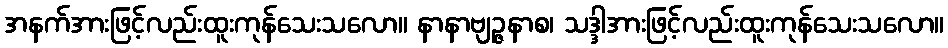
အနက်အားဖြင့်လည်းထူးကုန်သေးသလော။ နာနာဗျဉ္ဇနာစ၊ သဒ္ဒါအားဖြင့်လည်းထူးကုန်သေးသလော။